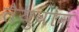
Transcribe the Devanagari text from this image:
तैयुवान